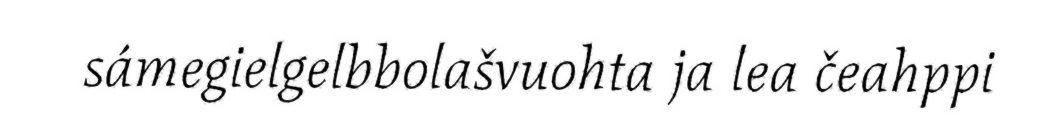
sámegielgelbbolašvuohta ja lea čeahppi